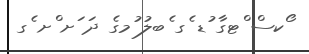
ޯކސް ްޓގާ ުޑ ެގ ެބލު ުމގެ ދަ ަށ ްށ ެގ